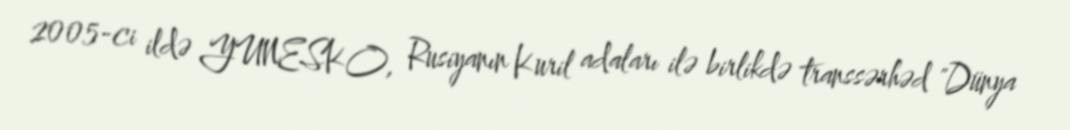
2005-ci ildə YUNESKO, Rusiyanın Kuril adaları ilə birlikdə transsərhəd "Dünya